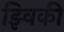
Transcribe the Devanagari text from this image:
झ्विकी